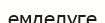
емделуге